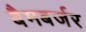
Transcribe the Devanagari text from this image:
बैमबर्जर